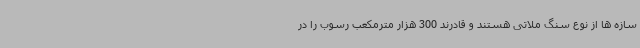
سازه ها از نوع سنگ ملاتی هستند و قادرند 300 هزار مترمکعب رسوب را در